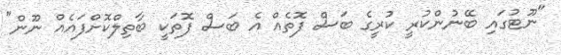
"ނޫޓުގައި ބޭނުންކުރީ ކުރީގެ ބަސް ފޮތެއް އެ ބަސް ފޮތަކީ ބާތިލްކޮށްފައެއް ނޫން"